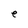
Character: e